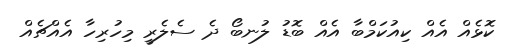
ކޮޅެއް އެއް ކިއުކަމްބާ އެއް ބޮޑު ލުނބޯ ދެ ސެލެރީ މިހުރިހާ އެއްޗެއް